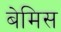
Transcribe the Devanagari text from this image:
बेमिस